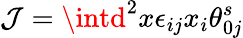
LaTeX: \mathcal{J}=\intd^{2}x\epsilon_{ij}x_{i}\theta_{0j}^{s}